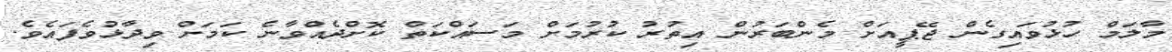
މާލަމް ހުޅުވައިގެން ޖޭޕީއަށް މެންބަރުން އިތުރު ކުރުމަށް މަސައްކަތް ކޮށްދެއްވާނެ ކަމަށް ވިދާޅުވެފައެވެ.